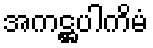
အကဋ္ဌပါကိမံ